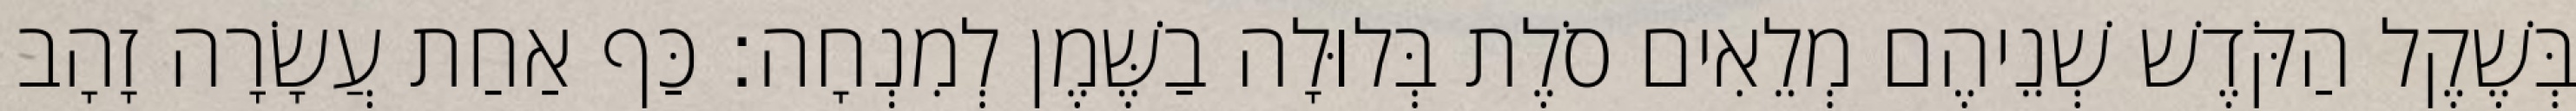
בְּשֶׁקֶל הַקֹּדֶשׁ שְׁנֵיהֶם מְלֵאִים סֹלֶת בְּלוּלָה בַשֶּׁמֶן לְמִנְחָה׃ כַּף אַחַת עֲשָׂרָה זָהָב